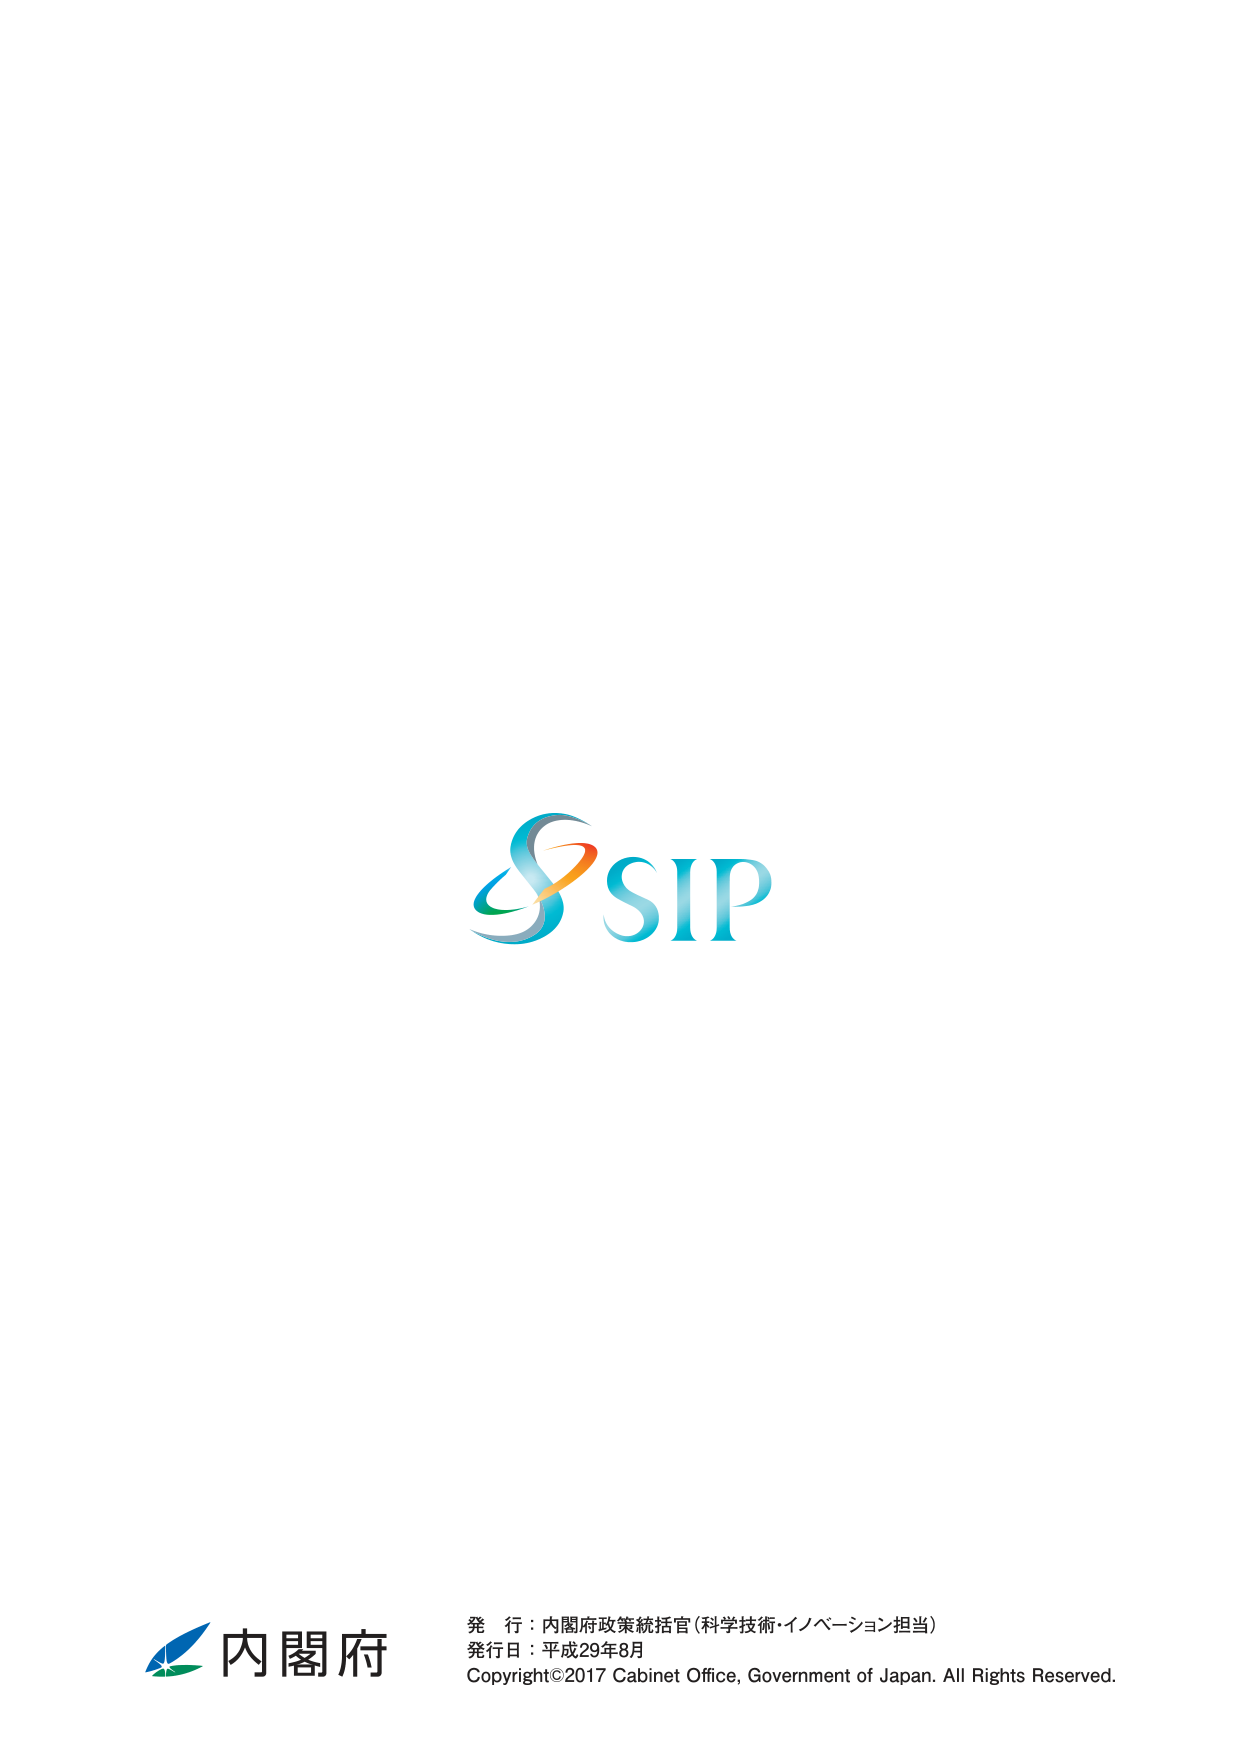
SIP

発行：内閣府政策統括官（科学技術・イノベーション担当）
発行日：平成29年8月
Copyright©2017 Cabinet Office, Government of Japan. All Rights Reserved.

内閣府